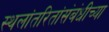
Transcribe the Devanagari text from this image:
स्थलांतरितांसंबंधीच्या